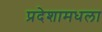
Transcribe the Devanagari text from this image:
प्रदेशामधला